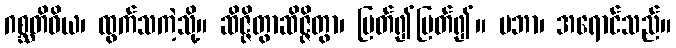
ဂစ္ဆတိဝိယ၊ ထွက်သကဲ့သို့။ ဆိဇ္ဇိတွာဆိဇ္ဇိတွာ၊ ပြတ်၍ပြတ်၍။ ပဘာ၊ အရောင်သည်။